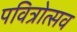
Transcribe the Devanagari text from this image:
पवित्रोत्सव